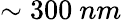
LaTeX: \sim 300\ nm